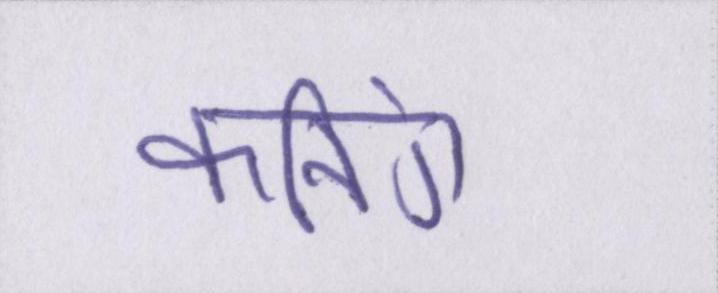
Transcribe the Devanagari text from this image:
कनिंग